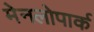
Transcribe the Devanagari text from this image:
मेनलोपार्क